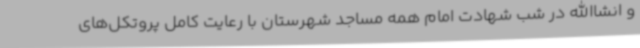
و انشاالله در شب شهادت امام همه مساجد شهرستان با رعایت کامل پروتکل‌های